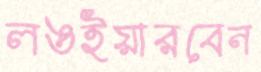
লঙইয়ারবেন